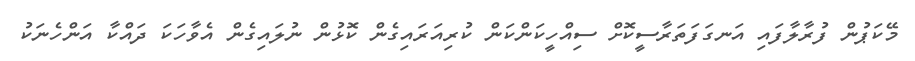
މޭކަޕުން ފުރާލާފައި އަނގަފަތަރާސީކޮށް ސިއްހީކަންކަން ކުރިއަރައިގެން ކޮޅުން ނުލައިގެން އެވާހަކަ ދައްކާ އަންހެނަކު